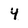
Character: 4